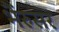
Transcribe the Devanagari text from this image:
भैंरुसर